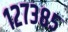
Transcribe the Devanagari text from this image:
१२७३८५